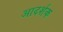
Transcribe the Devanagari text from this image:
आदर्शक